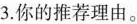
3.你的推荐理由。